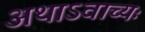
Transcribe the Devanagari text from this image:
अथाऽवाच्यः